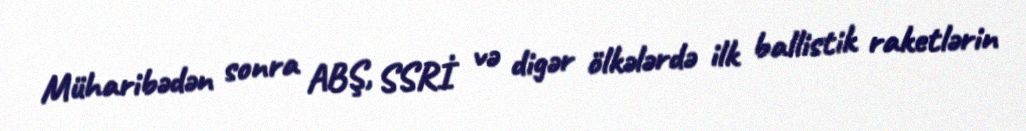
Müharibədən sonra ABŞ, SSRİ və digər ölkələrdə ilk ballistik raketlərin